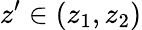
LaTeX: z^{\prime}\in(z_{1},z_{2})